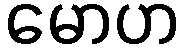
မောဟ